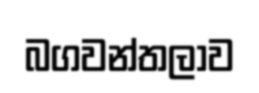
බගවන්තලාව